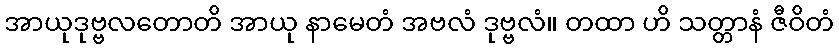
အာယုဒုဗ္ဗလတောတိ အာယု နာမေတံ အဗလံ ဒုဗ္ဗလံ။ တထာ ဟိ သတ္တာနံ ဇီဝိတံ